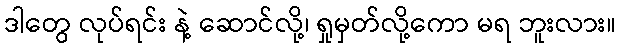
ဒါတွေ လုပ်ရင်း နဲ့ ဆောင်လို့၊ ရှုမှတ်လို့ကော မရ ဘူးလား။